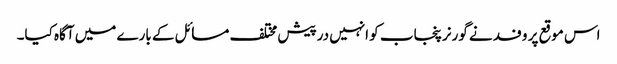
اس موقع پر وفد نے گورنرپنجاب کو انہیں درپیش مختلف مسائل کے بارے میں آگاہ کیا۔